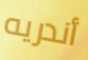
أندريه